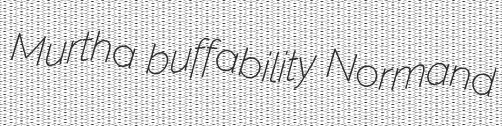
Murtha buffability Normand